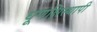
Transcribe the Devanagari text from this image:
घूणक्षिस्थापी